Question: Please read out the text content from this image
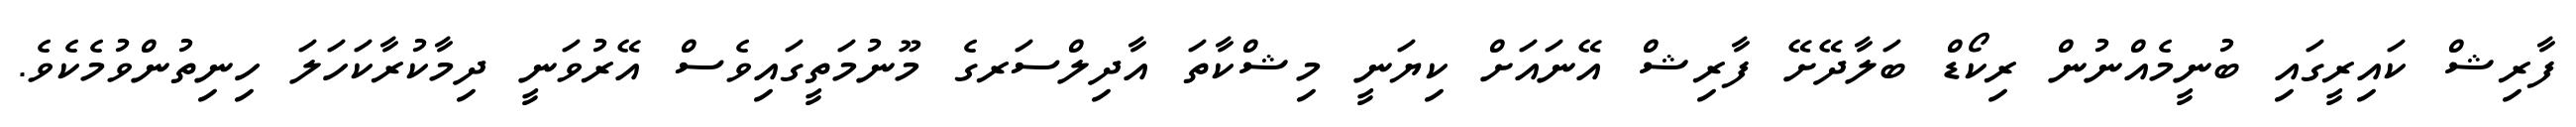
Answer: ފާރިޝް ކައިރީގައި ބުނީމެއްނުން ރިކޯޑް ބަލާދޭށޭ ފާރިޝް އޭނައަށް ކިޔަނީ މިޝްކާތަ އާދިލްސަރގެ މޫނުމަތީގައިވެސް އޭރުވަނީ ދިމާކުރާކަހަލަ ހިނިތުންވުމެކެވެ.